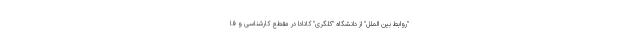
"روابط بین الملل" از دانشگاه "کلگری" کانادا در مقطع کارشناسی و فا